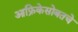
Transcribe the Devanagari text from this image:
आफ्रिकेसोबतचे